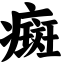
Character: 癍